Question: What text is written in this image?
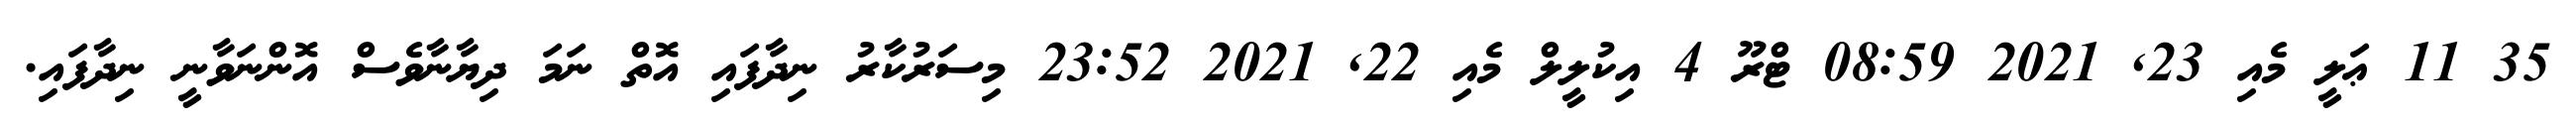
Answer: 35 11 ޢަލީ މެއި 23, 2021 08:59 ޓްރޫ 4 އިކުލީލް މެއި 22, 2021 23:52 މިސަރުކާރު ނިދާފައި އޮތް ނަމަ ދިޔާނާވެސް އޮންނަވާނީ ނިދާފައި.